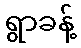
ရွာခန့်